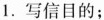
1.写信目的；